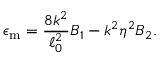
\epsilon _ { \mathrm { m } } = { \frac { 8 k ^ { 2 } } { \ell _ { 0 } ^ { 2 } } } B _ { 1 } - k ^ { 2 } \eta ^ { 2 } B _ { 2 } .